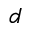
d